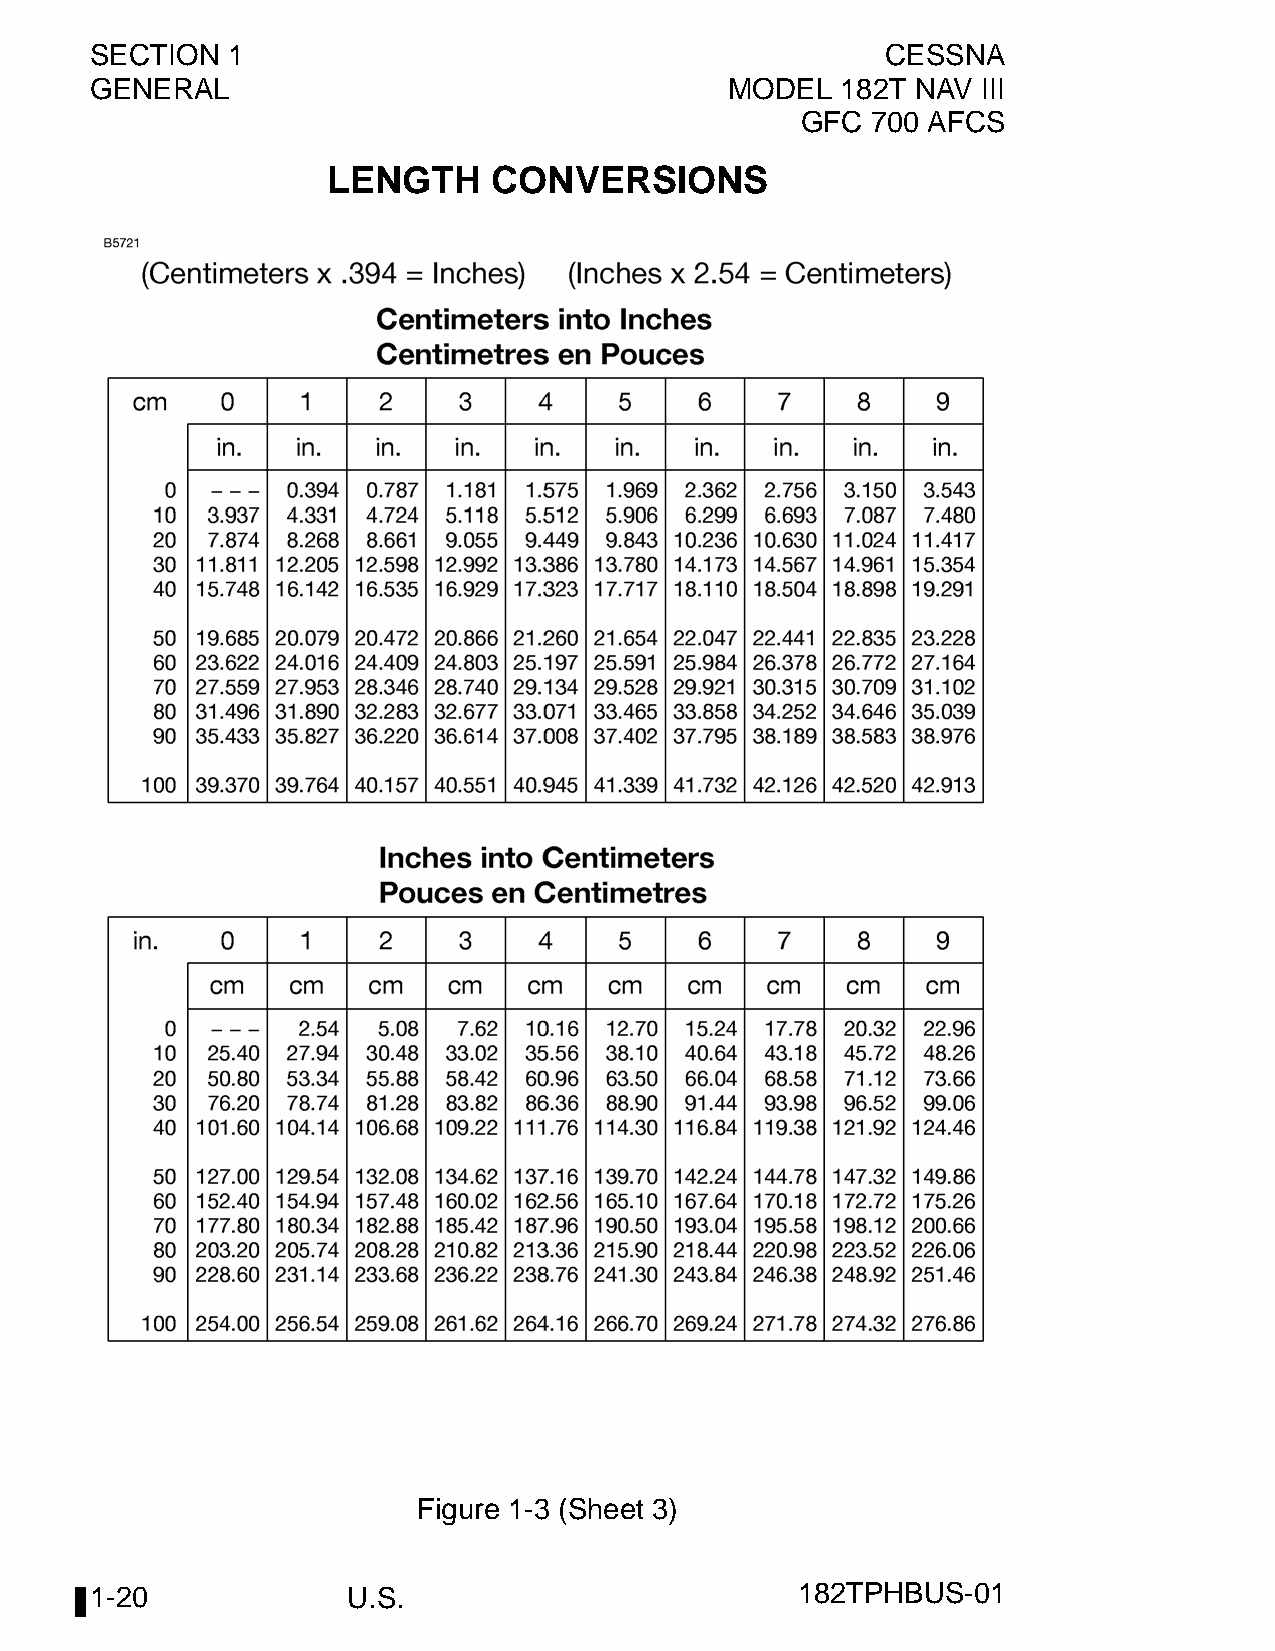
SECTION  1                                           CESSNA
 GENERAL                                   MODEL   182T NAV III
 GFC  700 AFCS
 LENGTH     CONVERSIONS
 Figure 1-3 (Sheet 3)
 1-20             U.S.                          182TPHBUS-01